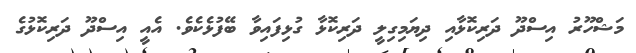
މަޝްހޫރު އިސްދޫ ދަރިކޮޅާއި ދިޔަމިގިލީ ދަރިކޮޅާ ގުޅިފައިވާ ބޭފުޅެކެވެ. އެއީ އިސްދޫ ދަރިކޮޅުގެ